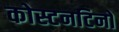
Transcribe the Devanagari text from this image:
कोस्टनटिनो